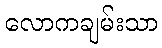
လောကချမ်းသာ